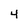
Character: 4